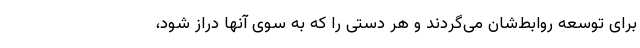
برای توسعه روابط‌شان می‌گردند و هر دستی را که به سوی آنها دراز شود،